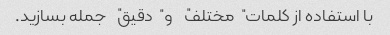
با استفاده از کلمات "مختلف" و "دقیق" جمله بسازید.